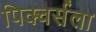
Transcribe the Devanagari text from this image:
पिक्चर्सला